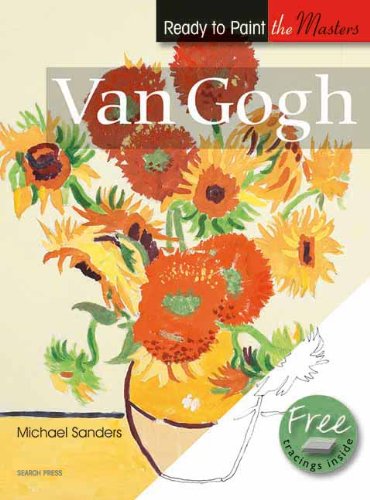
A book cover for Van Gogh (Ready to Paint the Masters); Michael Sanders; Arts & Photography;